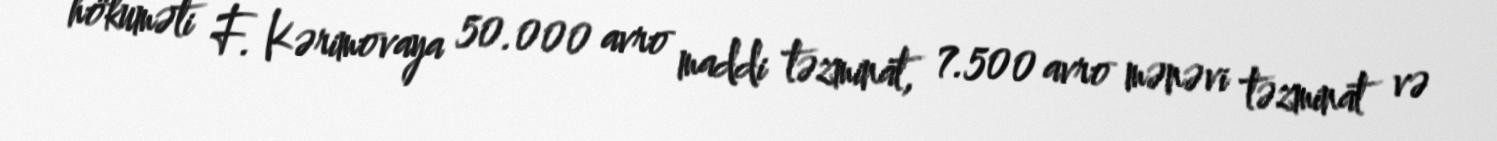
hökuməti F. Kərimovaya 50.000 avro maddi təzminat, 7.500 avro mənəvi təzminat və